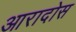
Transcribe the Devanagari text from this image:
आरादोस